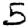
Digit: 5